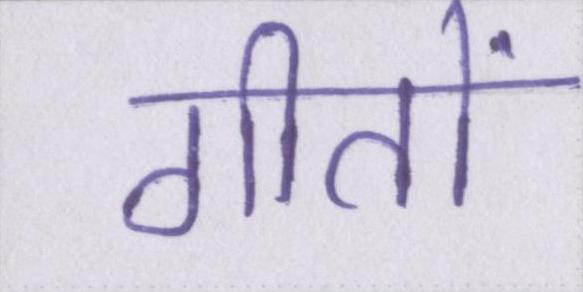
गीतों